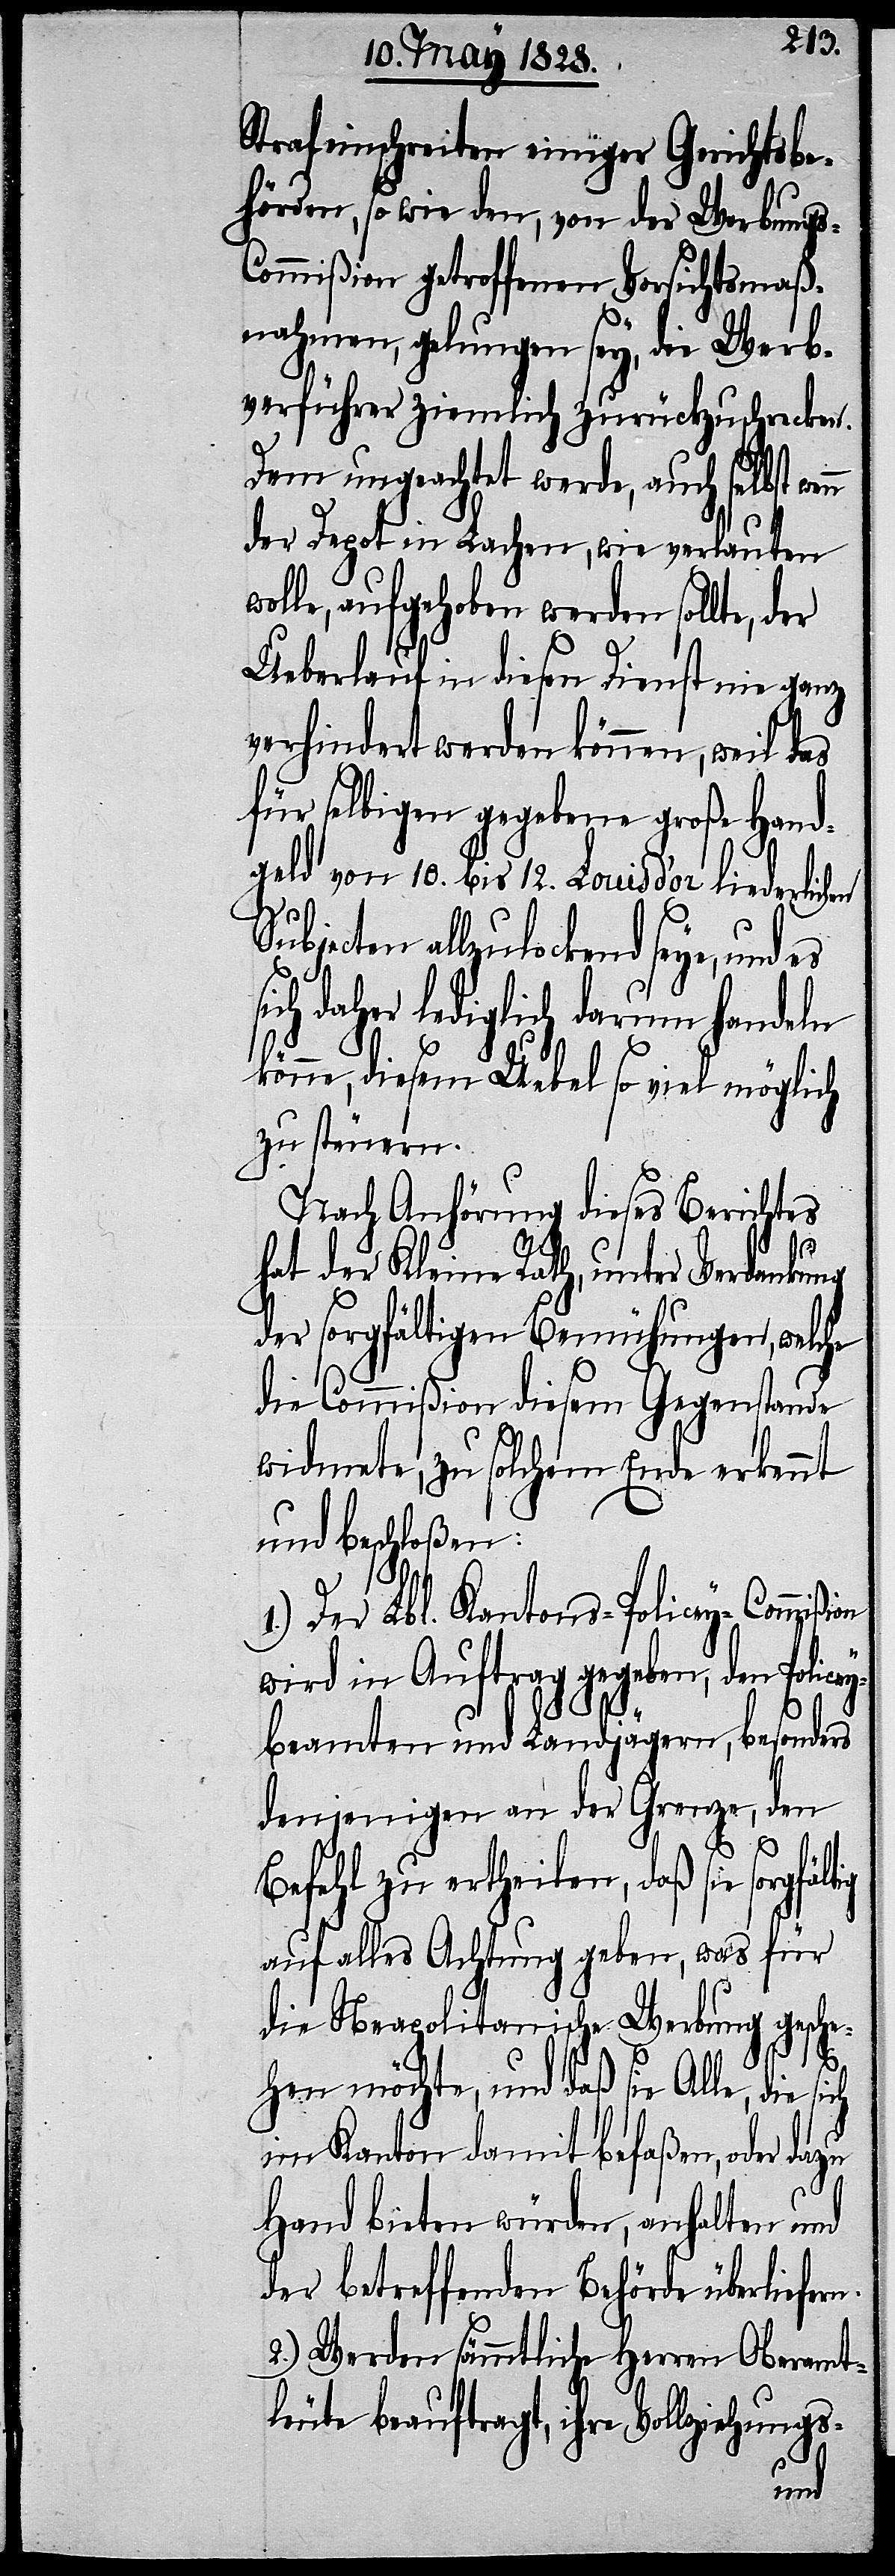
Strafeinschreiten einiger Gerichtsbe¬
hörden, so wie den, von der Webung¬
ommißion getroffenen Vorsichtsmaß¬
nahmen, gelungen sey, die Werb¬
verführer ziemlich zurückzuschrecken.
Dem ungeachtet werde, auch selbst
der Depot in Lachen, wie verlauten
wolle, aufgehoben werden sollte, der
Ueberlauf in diesen Dienst nie ganz
verhindert werden können, weil das
für selbigen gegebene große Hand¬
geld von 10. bis 12. Louis d’or liederlichen
Subjecten allzulockend seye,
ich daher lediglich darum handeln
könne, diesem Uebel so viel möglich
zu steuern.
Nach Anhörung dieses Berichtes
hat der Kleine Rath, unter Verdankung
der sorgfältigen Bemühungen, welche
die Commißion diesem Gegenstande
widmete, zu solchem Ende erkennt
und beschloßen:
Der Lbl. Kantons-Policey-Commi¬
wird in Auftrag gegeben, den Police¬
ybeamten und Landjägern, besonders
denjenigen an der Grenze, den
Befehl zu ertheilen, daß sie sorgfä¬
auf alles Achtung geben, was für
die Neapolitanische Werbung gesche¬
rn.
hen möchte, und daß sie Alle, die
im Kanton damit befaßen, oder dazu
Hand bieten würden, anhalten und
der betreffenden Behörde überliefe¬
2.) Werden sämmtliche Herren Oberamt¬
leute beauftragt, ihre Vollziehungs-
ßion
und